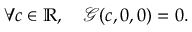
\forall c \in \mathbb { R } , \quad \mathscr { G } ( c , 0 , 0 ) = 0 .